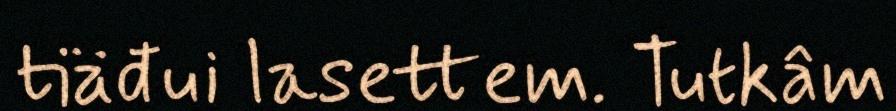
tiäđui lasettem. Tutkâm